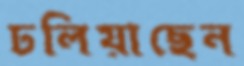
ঢলিয়াছেন